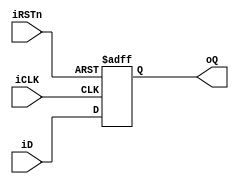
module dff
#(parameter N=16)
(
 input                     iCLK,
 input                     iRSTn,
 input      signed [N-1:0] iD,
 output reg signed [N-1:0] oQ
);

always @(posedge iCLK, negedge iRSTn)
begin
  if(!iRSTn)
    oQ <= 0;
  else
    oQ <= iD;
end

endmodule